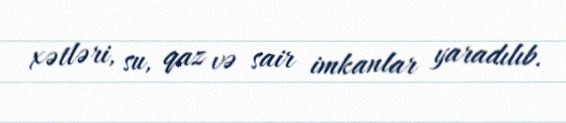
xətləri, su, qaz və sair imkanlar yaradılıb.